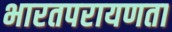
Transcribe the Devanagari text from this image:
भारतपरायणता